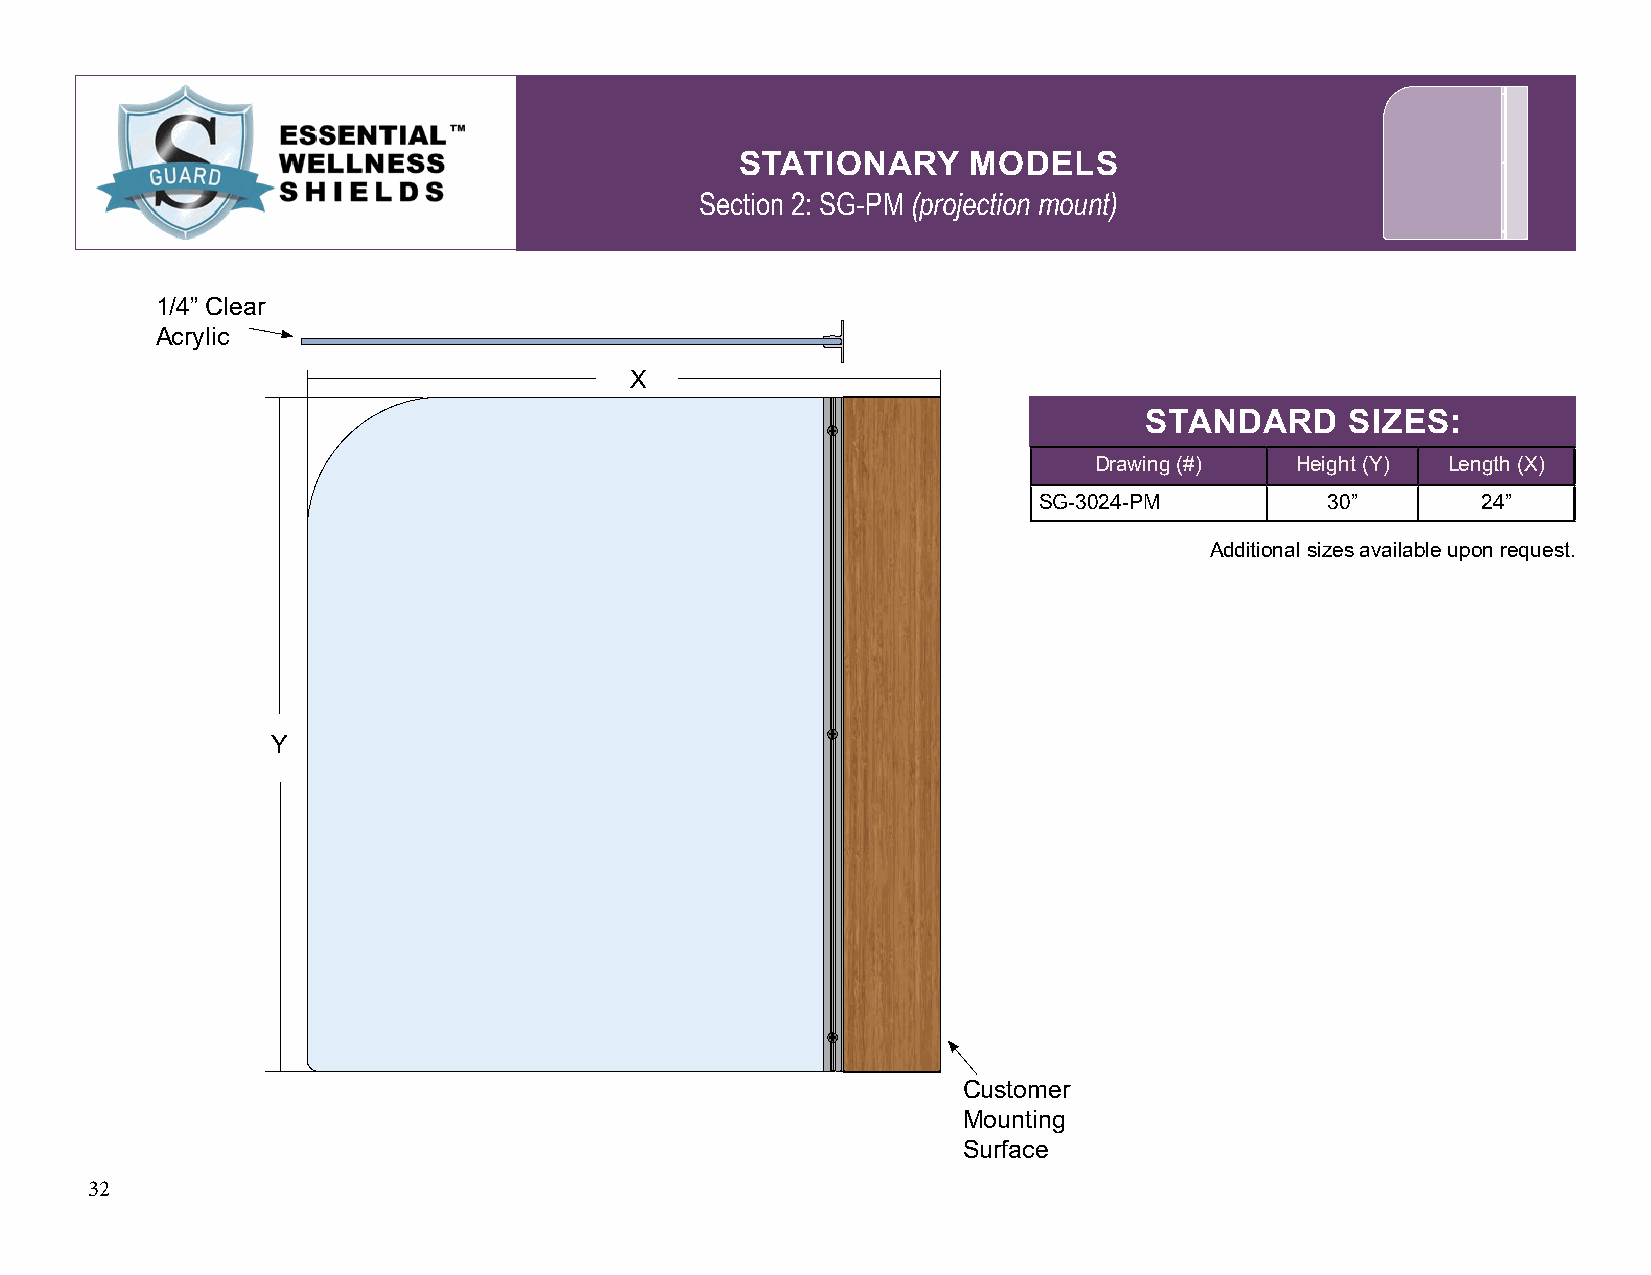
STATIONARY     MODELS
 Section 2: SG-PM (projection mount)
 1/4” Clear
 Acrylic
 X
 STANDARD     SIZES:
 Drawing (#)   Height (Y) Length (X)
 SG-3024-PM         30”       24”
 Additional sizes available upon request.
 Y
 Customer
 Mounting
 Surface
 32